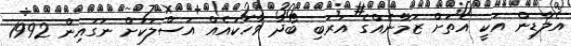
އެލާޑިން އަކީ އެތަށް ޒަމާނެއްގެ އަރަބި ބޯދާ ވާހަކައެއް އަސްލަކަށް ނަގައިން 1992